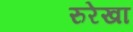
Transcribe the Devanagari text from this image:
रुरेखा